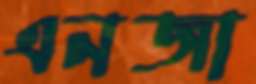
এনজা